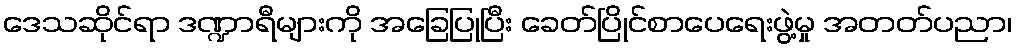
ဒေသဆိုင်ရာ ဒဏ္ဍာရီများကို အခြေပြုပြီး ခေတ်ပြိုင်စာပေရေးဖွဲ့မှု အတတ်ပညာ၊